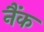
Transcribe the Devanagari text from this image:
नैंक